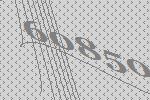
60850